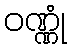
ဝဏ္ဏုံ